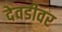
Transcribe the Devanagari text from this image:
देवडीवर